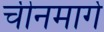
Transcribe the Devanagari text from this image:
चीनमार्गे